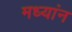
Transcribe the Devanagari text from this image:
मध्यांन